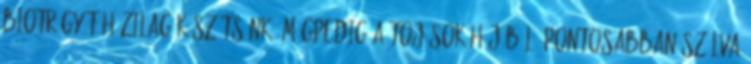
biotrágyát házilag készítsünk, mégpedig a tojások héjából. Pontosabban szólva